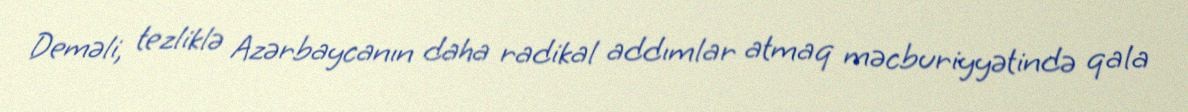
Deməli, tezliklə Azərbaycanın daha radikal addımlar atmaq məcburiyyətində qala